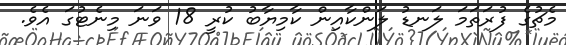
މެޗުގެ ފުރަތަމަ ލަނޑު ލަންކާއިން ކާމިޔާބު ކުރީ 18 ވަނަ މިނެޓުގަ އެވެ.